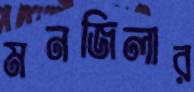
মনজিলার